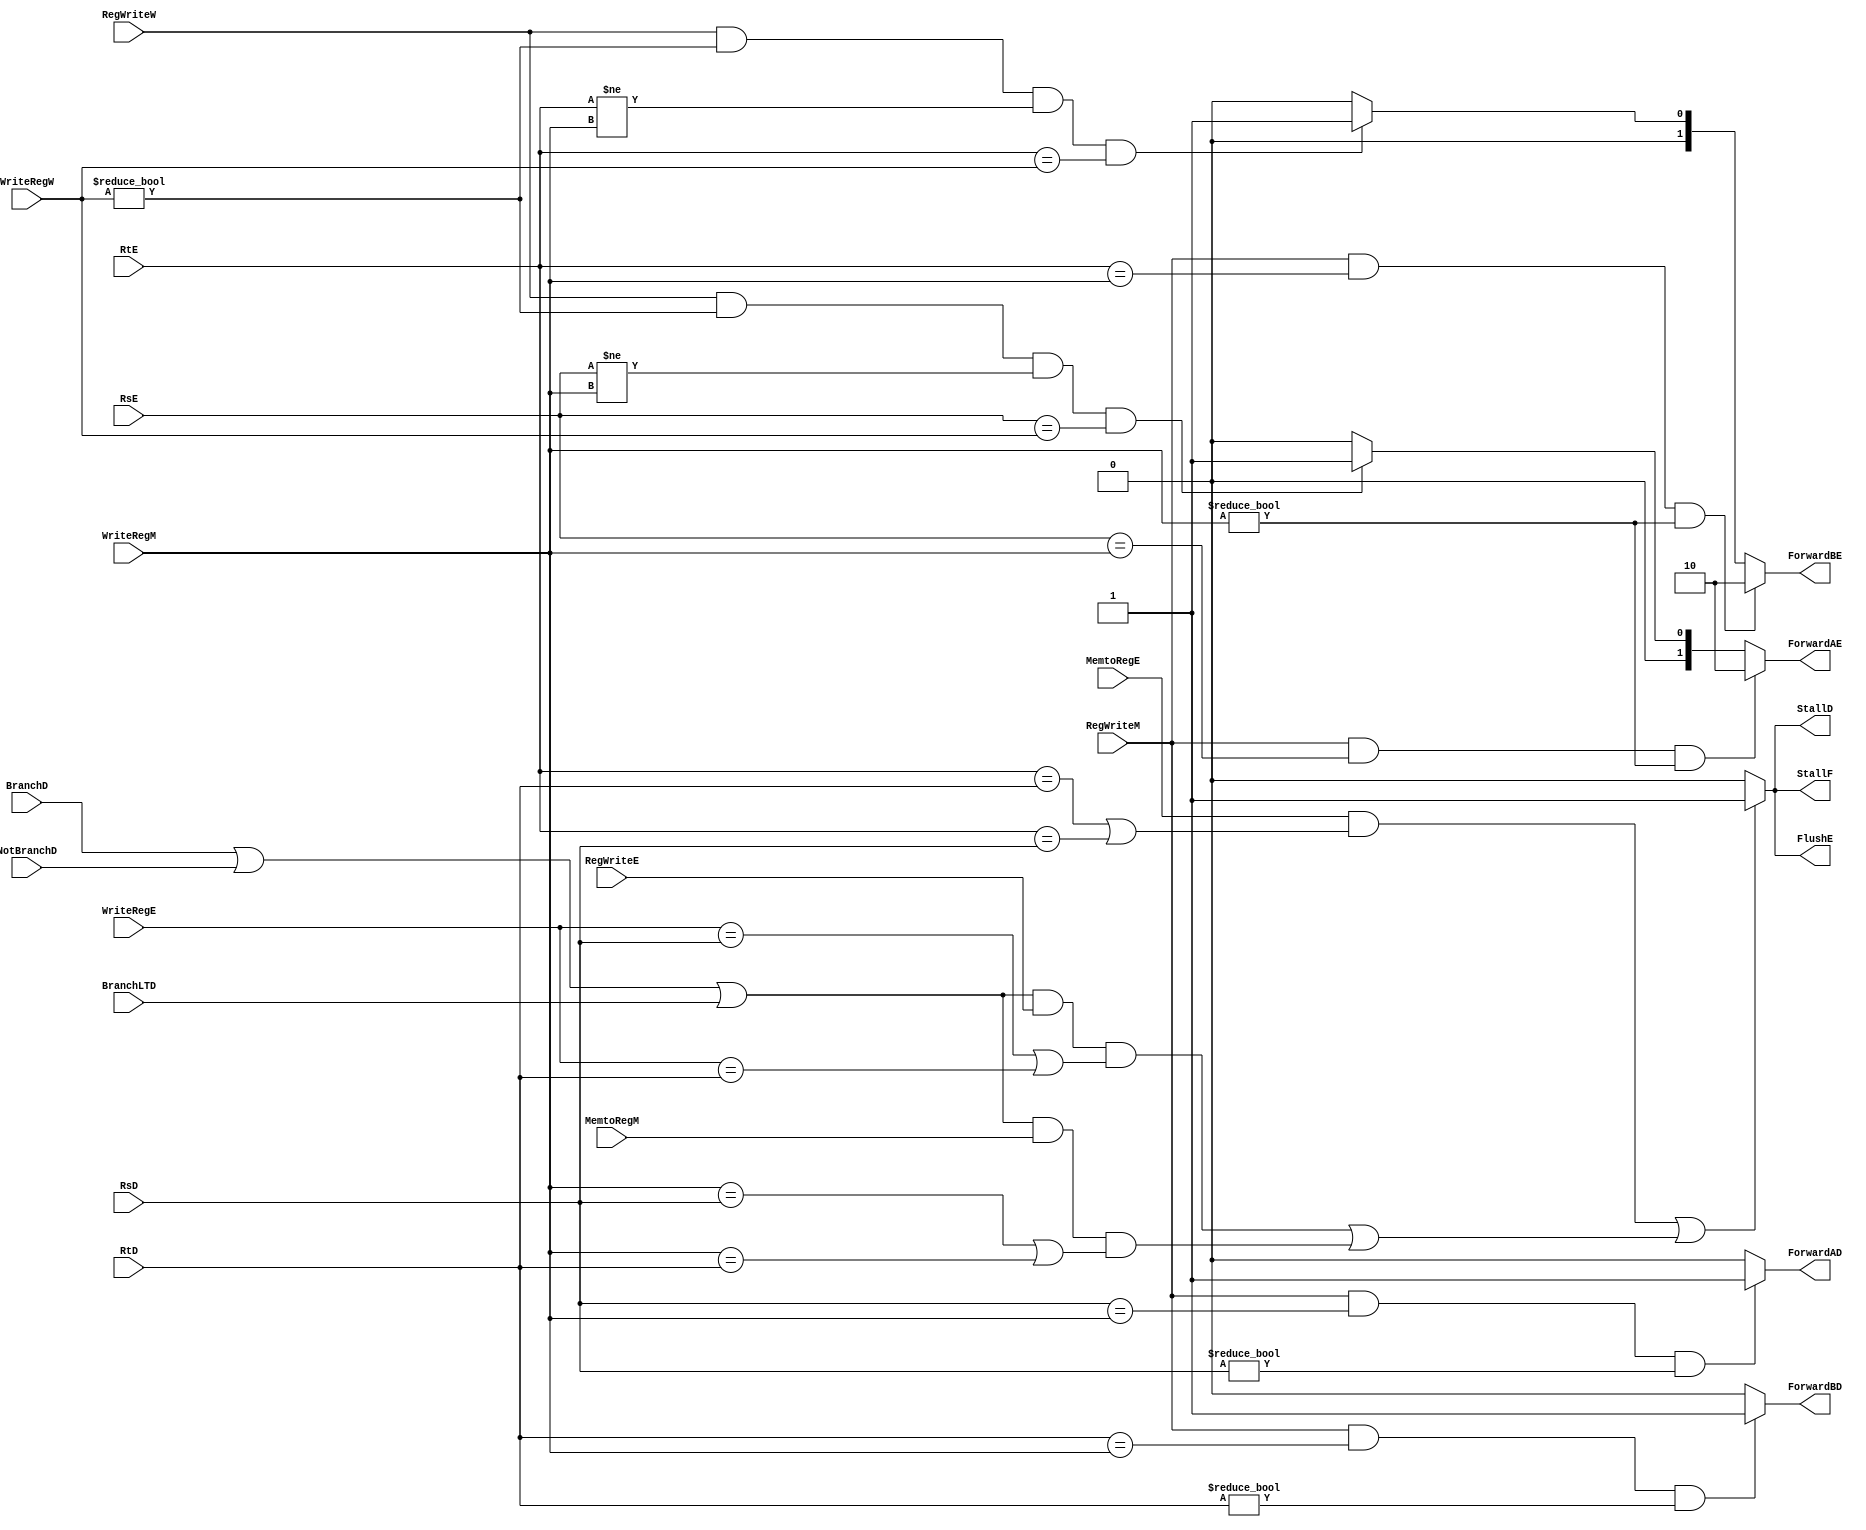
module HazardUnit(BranchD, NotBranchD, BranchLTD, WriteRegE, MemtoRegE, RegWriteE, WriteRegM, MemtoRegM, RegWriteM, WriteRegW, RegWriteW, RsD, RtD, RsE, RtE, StallF, StallD, FlushE, ForwardAD, ForwardBD, ForwardAE, ForwardBE); 

    input BranchD;
    input NotBranchD;
    input BranchLTD;

    input [4:0] WriteRegE;
    input MemtoRegE;
    input RegWriteE;

    input [4:0] WriteRegM;
    input MemtoRegM;
    input RegWriteM;

    input [4:0] WriteRegW;
    input RegWriteW;

    input [4:0] RsD;
    input [4:0] RtD;
    input [4:0] RsE;
    input [4:0] RtE;

    output reg StallF;
    output reg StallD;
    output reg FlushE;
    output reg ForwardAD; 
    output reg ForwardBD;
    output reg [1:0] ForwardAE;
    output reg [1:0] ForwardBE;

    wire BranchTotal;

    assign BranchTotal = BranchD | NotBranchD | BranchLTD;
    
    initial begin 
        StallF = 0;
        StallD = 0;
        FlushE = 0;
        ForwardAD = 0; 
        ForwardBD = 0;
        ForwardAE = 0;
        ForwardBE = 0;
    end 

    // Control StallF, StallD & FlushE
    always@(MemtoRegE, MemtoRegM, RtE, RtD, RsD, BranchTotal, RegWriteE, WriteRegE, WriteRegM)
    begin      
        if ((MemtoRegE & ((RtE == RtD)|(RtE == RsD)))||((BranchTotal && RegWriteE && (WriteRegE == RsD || WriteRegE == RtD)) || (BranchTotal && MemtoRegM && (WriteRegM == RsD || WriteRegM == RtD))))   
        begin
            StallF = 1;
            StallD = 1;
            FlushE = 1;
        end
        else
        begin
            StallF = 0;
            StallD = 0;
            FlushE = 0;
        end

    end

    // Control ForwardAD
    always@(RegWriteM, WriteRegM, RsD)
    begin      
        if (RegWriteM & (RsD == WriteRegM) & (RsD != 0))
            ForwardAD = 1;  
        else
            ForwardAD = 0; 
    end

    // Control ForwardBD
    always@(RegWriteM, WriteRegM, RtD)
    begin      
        if (RegWriteM & (RtD == WriteRegM) & (RtD != 0))
            ForwardBD = 1;
        else
            ForwardBD = 0;
    end

    // Control ForwardAE
    always@(RegWriteM, WriteRegM, RegWriteW, WriteRegW, RsE)
    begin      
        if (RegWriteM & (RsE == WriteRegM) & (WriteRegM != 0))
            ForwardAE = 10;
        else if (RegWriteW & (WriteRegW != 0) & (RsE != WriteRegM) & (RsE == WriteRegW))
            ForwardAE = 01;
        else
            ForwardAE = 00;
    end

    // Control ForwardBE
    always@(RegWriteM, WriteRegM, RegWriteW, WriteRegW, RtE)
    begin      
        if (RegWriteM && (RtE == WriteRegM) && (WriteRegM != 0))
            ForwardBE = 10;
        else if (RegWriteW && (WriteRegW != 0) && (RtE != WriteRegM) && (RtE == WriteRegW))
            ForwardBE = 01;
        else
            ForwardBE = 00;
    end

endmodule